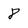
Character: 8